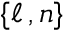
\{ \ell \, , n \}